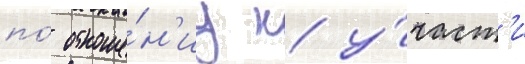
по́ отноше́н'иу к у́част'и